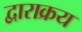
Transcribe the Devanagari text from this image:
द्वाराक्रय